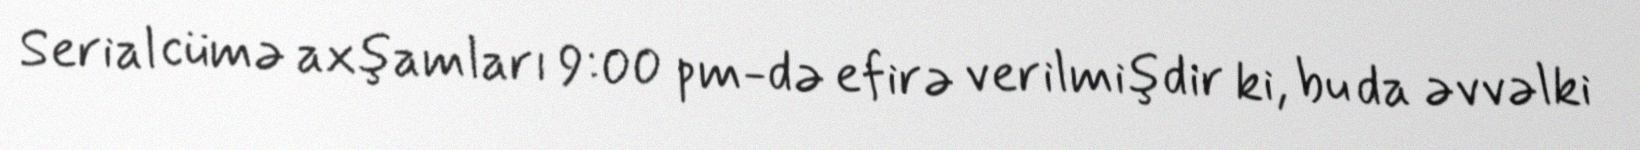
Serial cümə axşamları 9:00 pm-də efirə verilmişdir ki, bu da əvvəlki